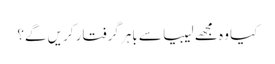
کیا وہ مجھے لیبیا سے باہر گرفتار کریں گے؟